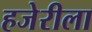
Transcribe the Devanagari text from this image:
हजेरीला